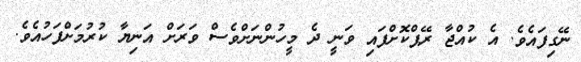
ނޭގިފައެވެ. އެ ކުއްޖާ ރޭޕްކޮށްފައި ވަނީ ދެ މީހުންނަށްވެސް ވަރަށް އަނިޔާ ކުރުމަށްފަހުއެވެ.